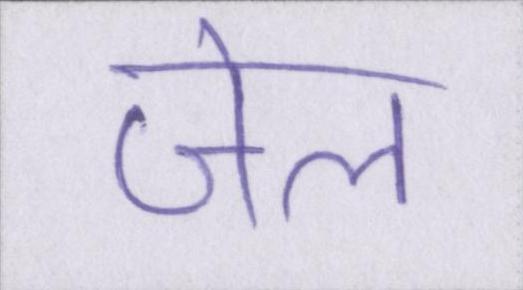
जेल